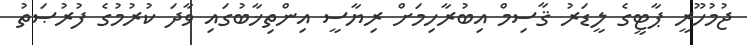
ޖުމުހޫރީ ޕާޓީގެ ލީޑަރު ޤާސިމް އިބުރާހިމަށް ރިޔާސީ އިންތިޚާބުގައި ވާދަ ކުރުމުގެ ފުރުޞަތު